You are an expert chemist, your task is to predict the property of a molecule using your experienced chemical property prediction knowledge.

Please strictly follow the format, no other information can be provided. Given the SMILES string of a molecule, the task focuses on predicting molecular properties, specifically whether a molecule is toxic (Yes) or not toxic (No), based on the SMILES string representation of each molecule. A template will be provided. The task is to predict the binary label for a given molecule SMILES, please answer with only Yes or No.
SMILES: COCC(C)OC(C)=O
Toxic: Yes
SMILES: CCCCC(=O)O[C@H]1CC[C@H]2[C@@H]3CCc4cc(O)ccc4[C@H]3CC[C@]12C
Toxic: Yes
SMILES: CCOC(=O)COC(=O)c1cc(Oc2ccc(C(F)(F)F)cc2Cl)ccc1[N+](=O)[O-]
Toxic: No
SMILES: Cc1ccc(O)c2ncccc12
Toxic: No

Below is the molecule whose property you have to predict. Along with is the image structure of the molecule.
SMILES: CCCCCCc1ccc(O)cc1O
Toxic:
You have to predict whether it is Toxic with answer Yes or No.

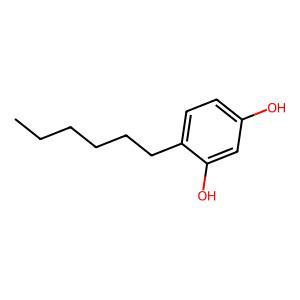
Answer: No